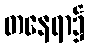
တနေရာ၌